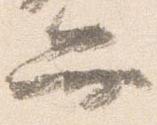
弁